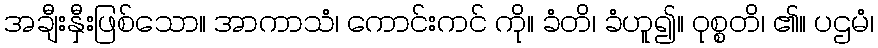
အချီးနှီးဖြစ်သော။ အာကာသံ၊ ကောင်းကင် ကို။ ခံတိ၊ ခံဟူ၍။ ဝုစ္စတိ၊ ၏။ ပဌမံ၊